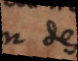
a des